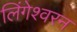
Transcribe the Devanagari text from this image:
लिंगेश्वरन